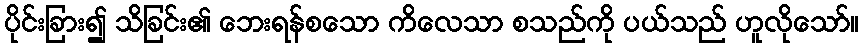
ပိုင်းခြား၍ သိခြင်း၏ ဘေးရန်စသော ကိလေသာ စသည်ကို ပယ်သည် ဟူလိုသော်။